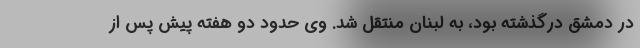
در دمشق درگذشته بود، به لبنان منتقل شد. وی حدود دو هفته پیش پس از